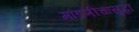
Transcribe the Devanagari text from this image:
मांडणीचासुद्धा